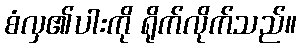
စံလှ၏ပါးကို ရိုက်လိုက်သည်။